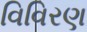
વિવિરણ